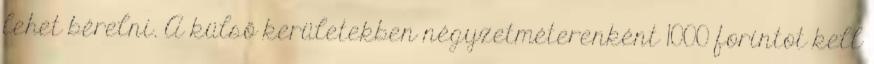
lehet bérelni. A külső kerületekben négyzetméterenként 1000 forintot kell